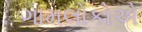
ગામલોકોએ